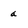
Character: a